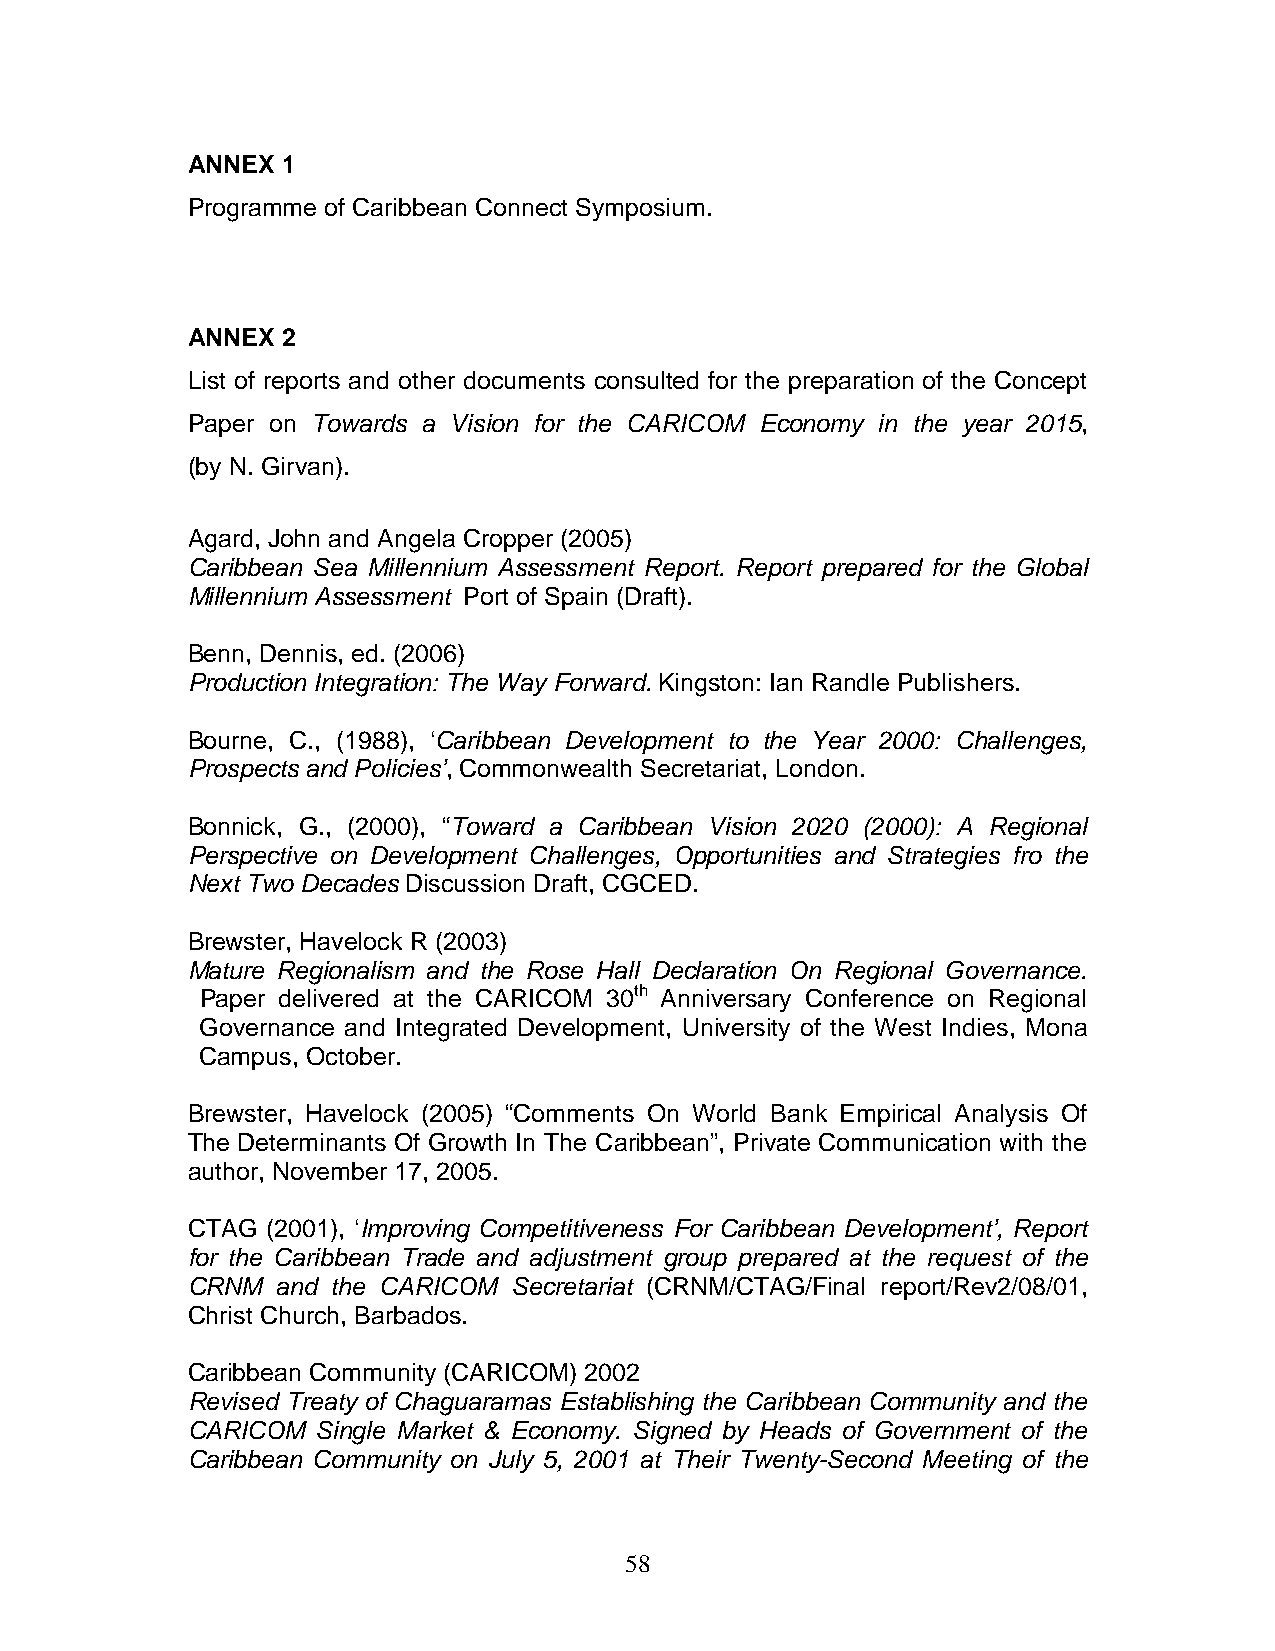
ANNEX  1
 Programme of Caribbean Connect Symposium.
 ANNEX  2
 List of reports and other documents consulted for the preparation of the Concept
 Paper on Towards a Vision for the CARICOM Economy in the year 2015,
 (by N. Girvan).
 Agard, John and Angela Cropper (2005)
 Caribbean Sea Millennium Assessment Report. Report prepared for the Global
 Millennium Assessment Port of Spain (Draft).
 Benn, Dennis, ed. (2006)
 Production Integration: The Way Forward. Kingston: Ian Randle Publishers.
 Bourne, C., (1988), ‘Caribbean Development to the Year 2000: Challenges,
 Prospects and Policies’, Commonwealth Secretariat, London.
 Bonnick, G., (2000), “Toward a Caribbean Vision 2020 (2000): A Regional
 Perspective on Development Challenges, Opportunities and Strategies fro the
 Next Two Decades Discussion Draft, CGCED.
 Brewster, Havelock R (2003)
 Mature Regionalism and the Rose Hall Declaration On Regional Governance.
 Paper delivered at the CARICOM 30th Anniversary Conference on Regional
 Governance and Integrated Development, University of the West Indies, Mona
 Campus, October.
 Brewster, Havelock (2005) “Comments On World Bank Empirical Analysis Of
 The Determinants Of Growth In The Caribbean”, Private Communication with the
 author, November 17, 2005.
 CTAG  (2001), ‘Improving Competitiveness For Caribbean Development’, Report
 for the Caribbean Trade and adjustment group prepared at the request of the
 CRNM  and the CARICOM Secretariat (CRNM/CTAG/Final report/Rev2/08/01,
 Christ Church, Barbados.
 Caribbean Community (CARICOM) 2002
 Revised Treaty of Chaguaramas Establishing the Caribbean Community and the
 CARICOM  Single Market & Economy. Signed by Heads of Government of the
 Caribbean Community on July 5, 2001 at Their Twenty-Second Meeting of the
 58